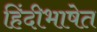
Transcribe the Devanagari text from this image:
हिंदीभाषेत